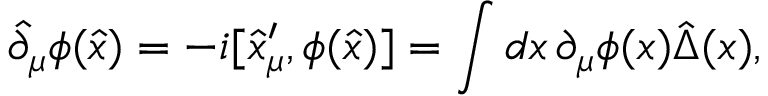
\hat { \partial } _ { \mu } \phi ( \hat { x } ) = - i [ \hat { x } _ { \mu } ^ { \prime } , \phi ( \hat { x } ) ] = \int d x \, \partial _ { \mu } \phi ( x ) \hat { \Delta } ( x ) ,